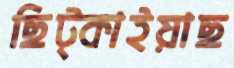
ছিট্‌কাইয়াছ